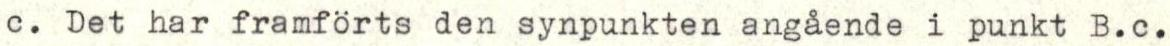
c. Det har framförts den synpunkten angående i punkt B.c.